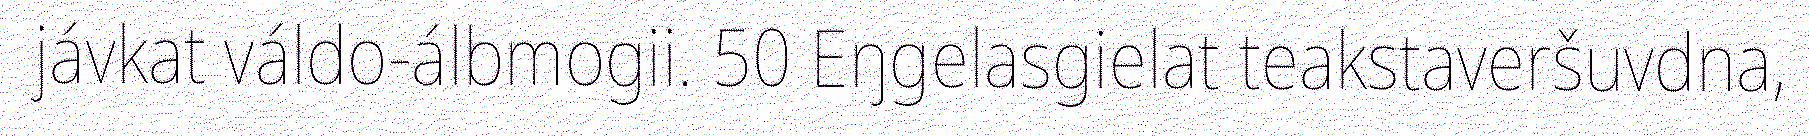
jávkat váldo-álbmogii. 50 Eŋgelasgielat teakstaveršuvdna,